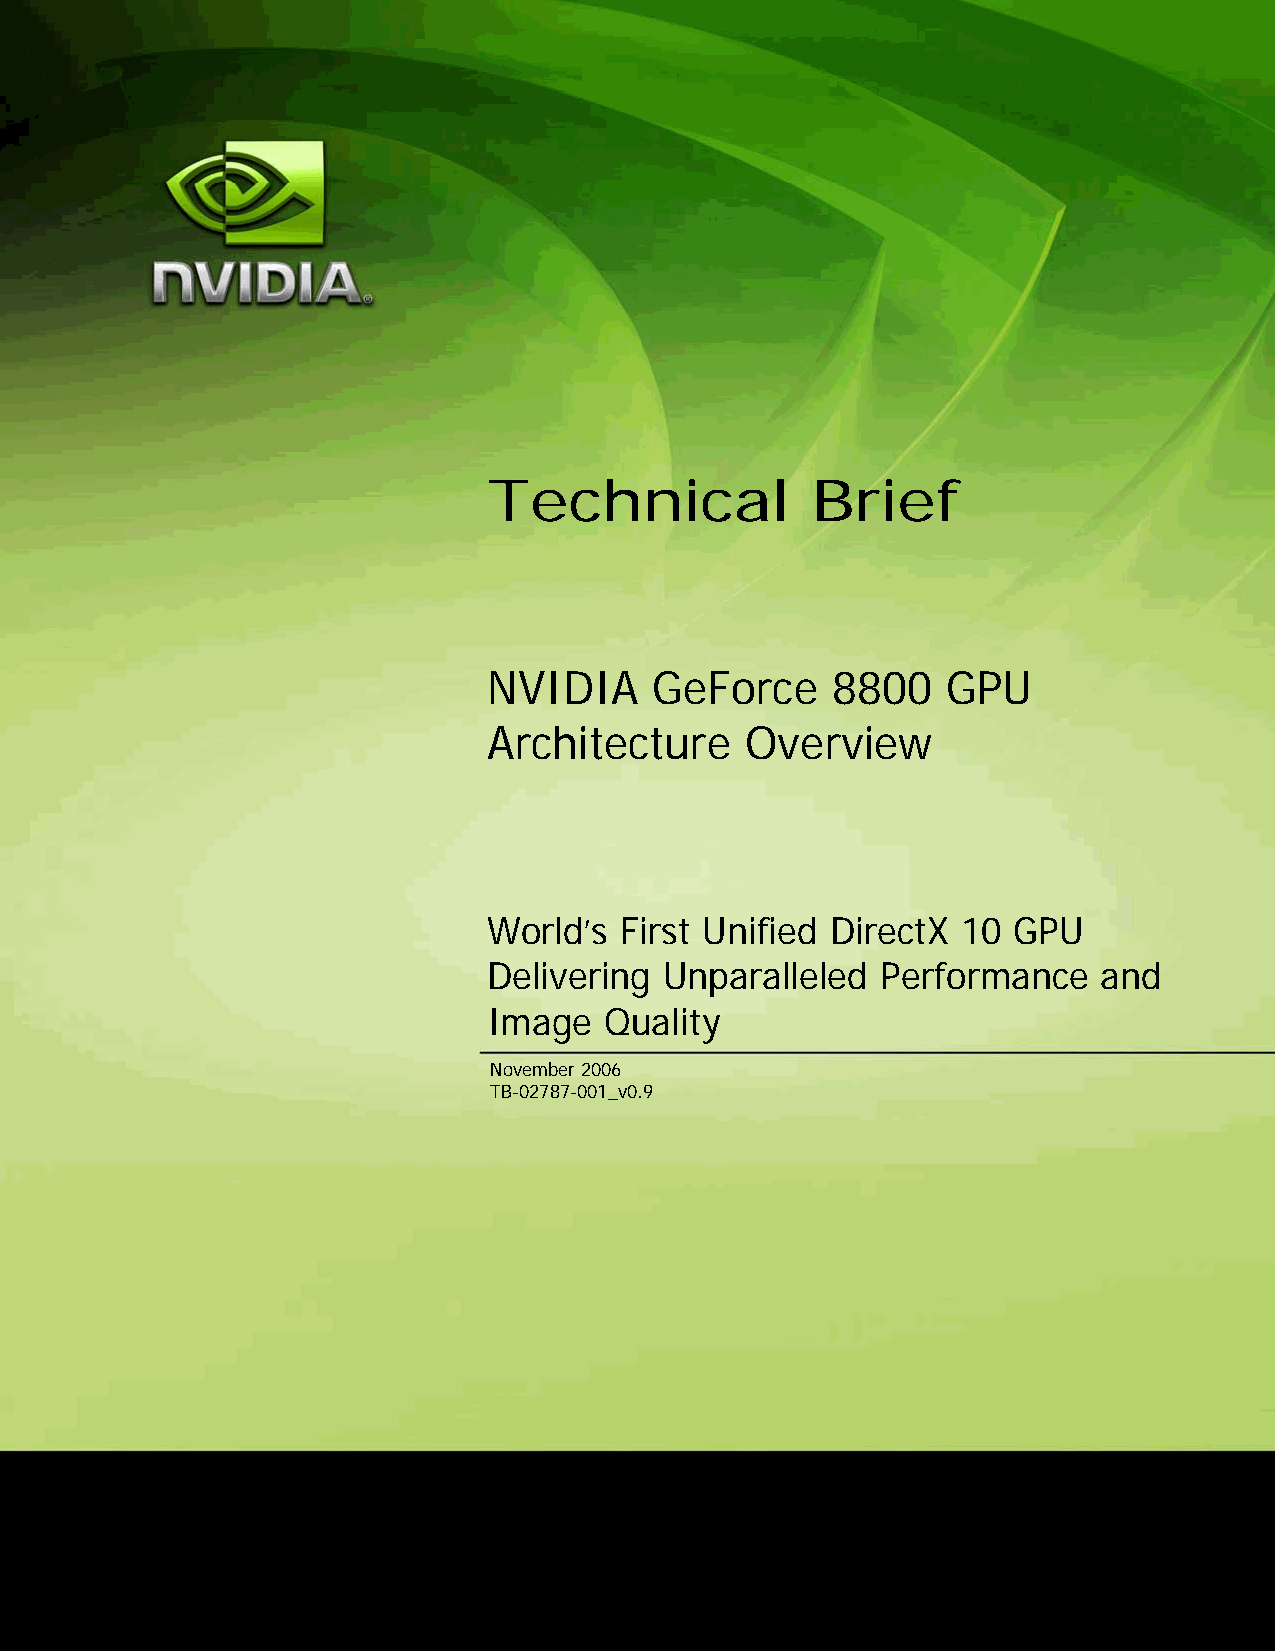
Technical             Brief
 NVIDIA     GeForce     8800    GPU
 Architecture     Overview
 World’s  First Unified DirectX  10 GPU
 Delivering  Unparalleled  Performance    and
 Image   Quality
 November 2006
 TB-02787-001_v0.9
 TB-02787-001_v01                                            i